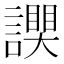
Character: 𧬮